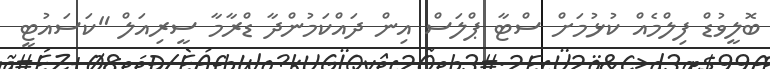
ބޮލީވުޑް ފިލްމެއް ކުޅުމަށް ސްޓާ ޕްލަސް އިން ދައްކަމުންދާ ޑްރާމާ ސީރިއަލް "ކަސައުޓީ